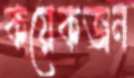
কয়েকজন